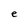
Character: e